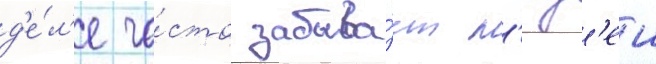
д'е́л'е ча́сто забыва́ет л'юд'еи